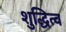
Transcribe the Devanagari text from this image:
शुद्धित्व